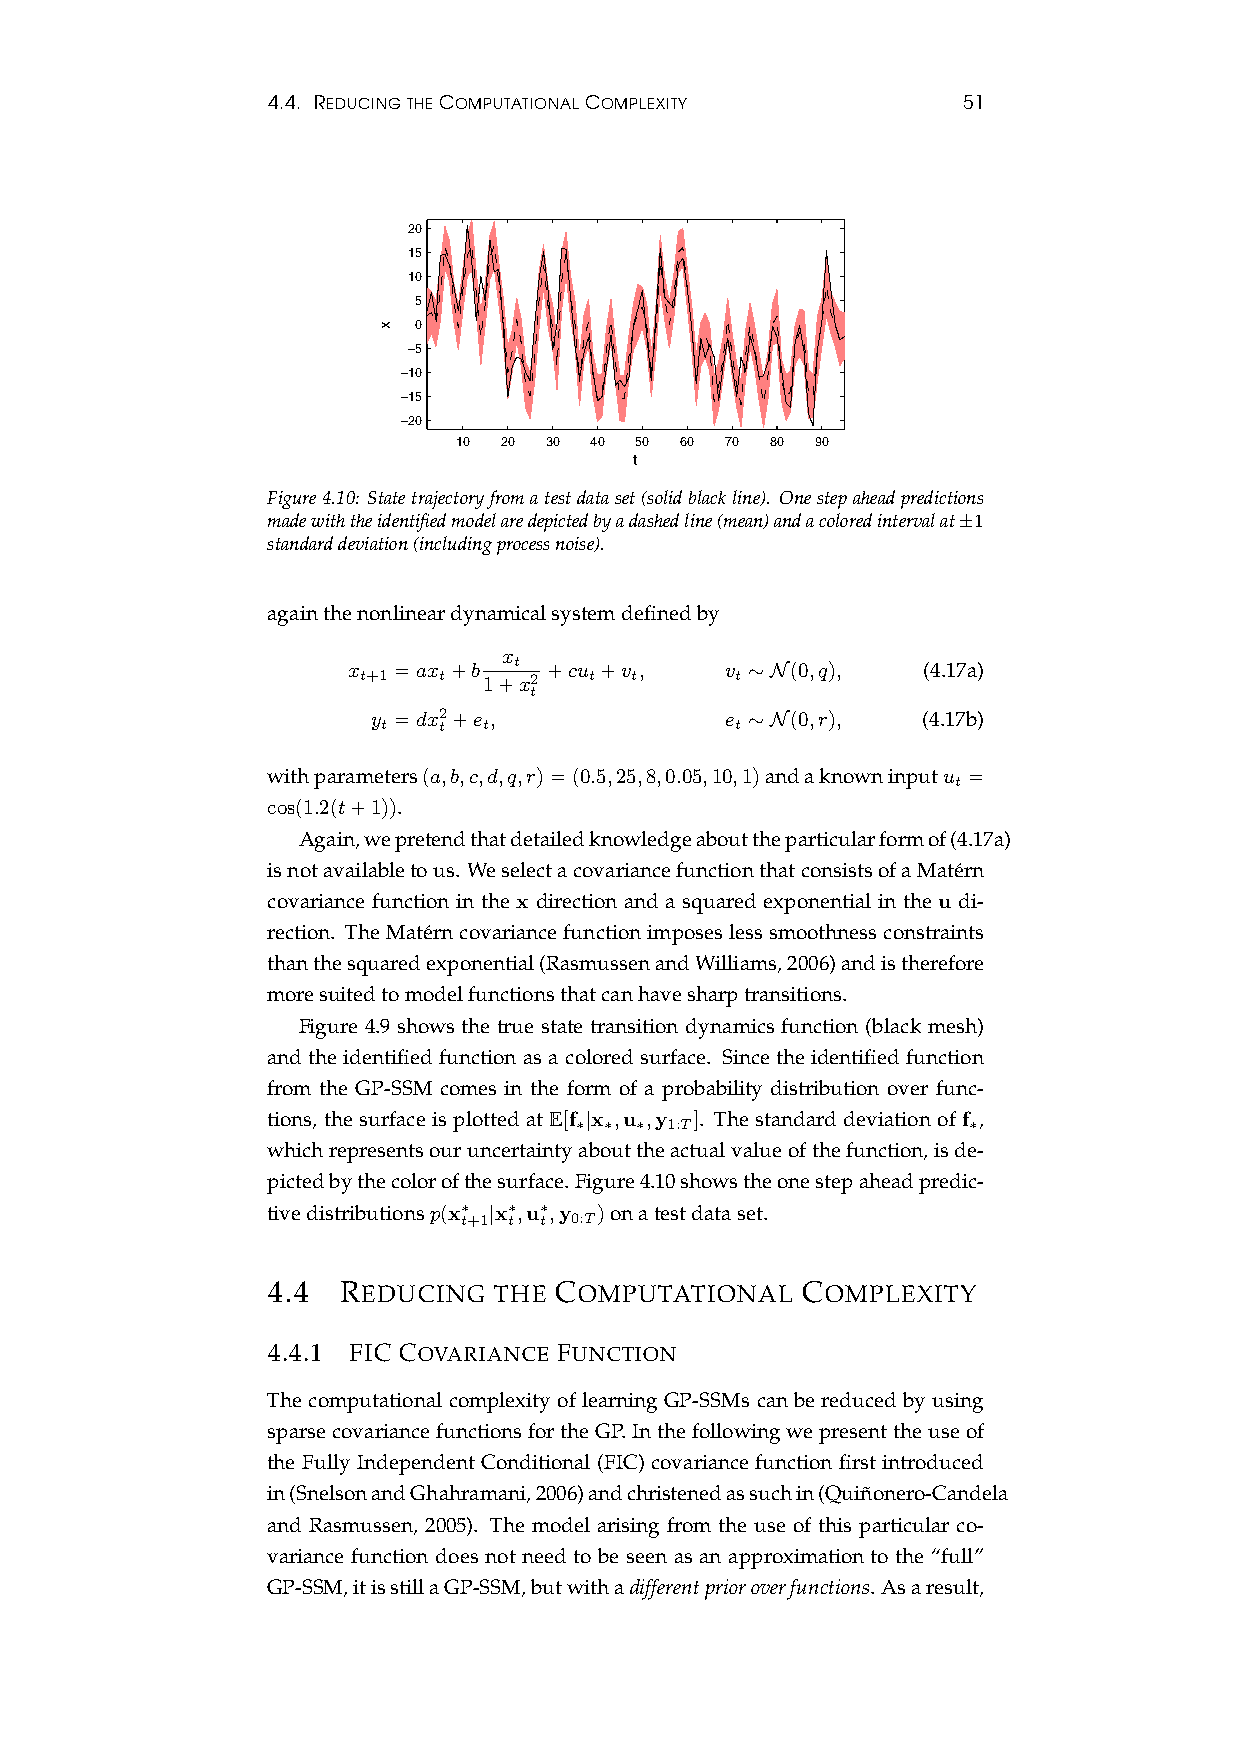
4.4. REDUCINGTHECOMPUTATIONALCOMPLEXITY       51
 20
 15
 10
 5
 0
 −5
 −10
 −15
 −20
 10 20 30 40 50 60 70 80 90
 t
 Figure4.10: Statetrajectoryfromatestdataset(solidblackline). Onestepaheadpredictions
 madewiththeidentifiedmodelaredepictedbyadashedline(mean)andacoloredintervalat±1
 standarddeviation(includingprocessnoise).
 againthenonlineardynamicalsystemdefinedby
 x
 x  =ax +b  t +cu +v ,    v ∼N(0,q),   (4.17a)
 t+1  t  1+x2   t  t      t
 t
 y =dx2+e ,             e ∼N(0,r),   (4.17b)
 t   t  t                t
 withparameters(a,b,c,d,q,r)=(0.5,25,8,0.05,10,1)andaknowninputu =
 t
 cos(1.2(t+1)).
 Again,wepretendthatdetailedknowledgeabouttheparticularformof(4.17a)
 isnotavailabletous. WeselectacovariancefunctionthatconsistsofaMate´rn
 covariance function in the x direction and a squared exponential in the u di-
 rection. TheMate´rncovariancefunctionimposeslesssmoothnessconstraints
 thanthesquaredexponential(RasmussenandWilliams,2006)andistherefore
 moresuitedtomodelfunctionsthatcanhavesharptransitions.
 Figure 4.9 shows the true state transition dynamics function (black mesh)
 and the identified function as a colored surface. Since the identified function
 from the GP-SSM comes in the form of a probability distribution over func-
 tions, the surface is plotted at E[f |x ,u ,y ]. The standard deviation of f ,
 ∗ ∗ ∗ 1:T                 ∗
 whichrepresentsouruncertaintyabouttheactualvalueofthefunction,isde-
 pictedbythecolorofthesurface. Figure4.10showstheonestepaheadpredic-
 tivedistributionsp(x∗ |x∗,u∗,y )onatestdataset.
 t+1 t t 0:T
 4.4 REDUCING   THE COMPUTATIONAL   COMPLEXITY
 4.4.1 FIC COVARIANCE FUNCTION
 The computational complexity of learning GP-SSMs can be reduced by using
 sparsecovariancefunctionsfortheGP.Inthefollowingwepresenttheuseof
 the Fully Independent Conditional (FIC) covariance function first introduced
 in(SnelsonandGhahramani,2006)andchristenedassuchin(Quin˜onero-Candela
 and Rasmussen, 2005). The model arising from the use of this particular co-
 variance function does not need to be seen as an approximation to the “full”
 GP-SSM,itisstillaGP-SSM,butwithadifferentprioroverfunctions. Asaresult,
 x